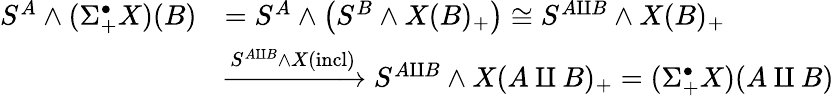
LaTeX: \begin{array}{rl}{S^{A}\wedge(\Sigma_{+}^{\bullet}X)(B)}&{=S^{A}\wedge\big(S^{B}\wedge X(B)_{+}\big)\cong S^{A\amalg B}\wedge X(B)_{+}}\\ &{\xrightarrow{S^{A\amalg B}\wedge X(\textup{incl})}S^{A\amalg B}\wedge X(A\amalg B)_{+}=(\Sigma_{+}^{\bullet}X)(A\amalg B)}\end{array}